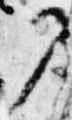
部